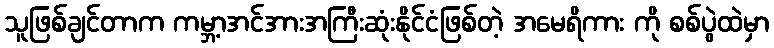
သူဖြစ်ချင်တာက ကမ္ဘာ့အင်အားအကြီးဆုံးနိုင်ငံဖြစ်တဲ့ အမေရိကား ကို စစ်ပွဲထဲမှာ